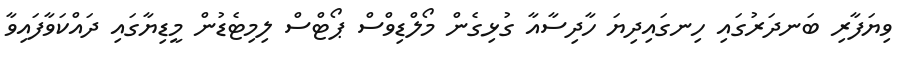
ވިޔަފާރި ބަނދަރުގައި ހިނގައިދިޔަ ހާދިސާއާ ގުޅިގެން މޯލްޑިވްސް ޕޯޓްސް ލިމިޓެޑުން މީޑިޔާގައި ދައްކަވާފައިވާ